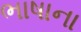
ભાષાના